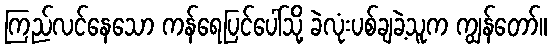
ကြည်လင်နေသော ကန်ရေပြင်ပေါ်သို့ ခဲလုံးပစ်ချခဲ့သူက ကျွန်တော်။